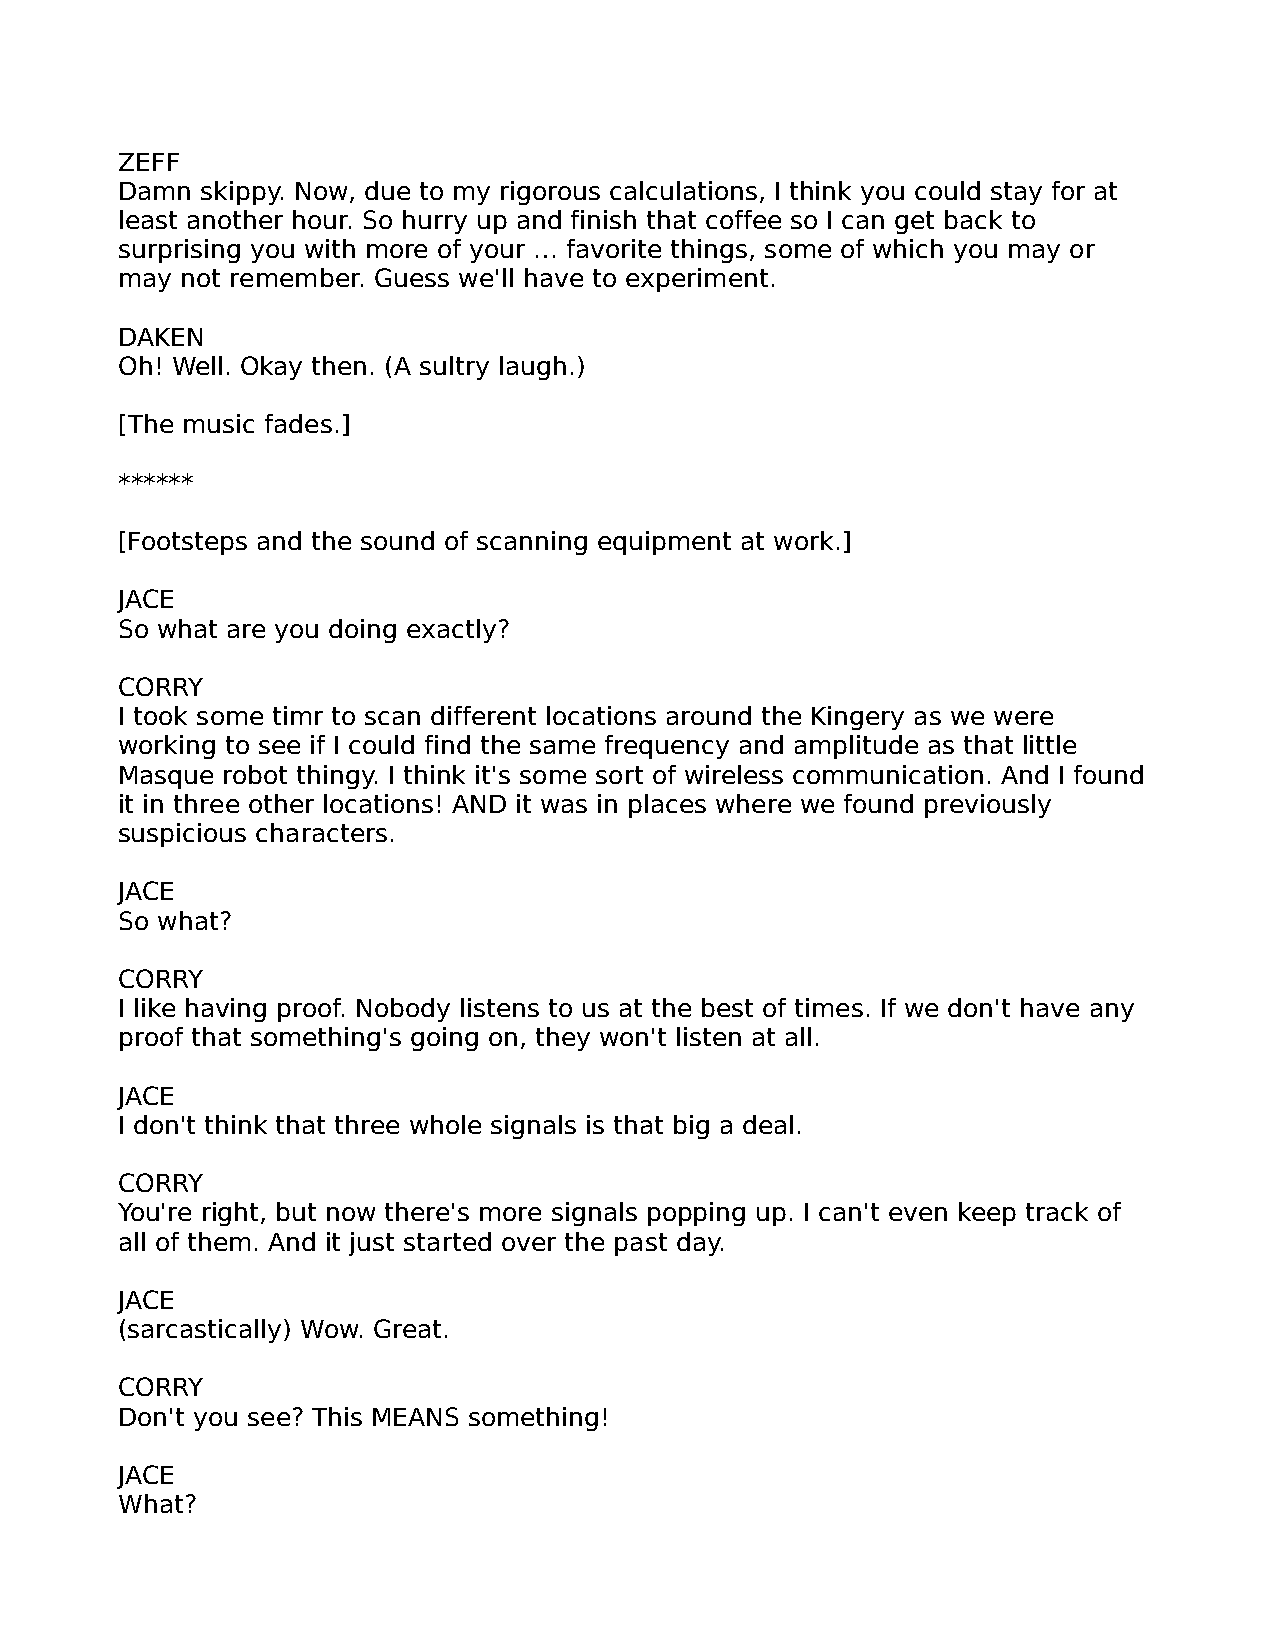
ZEFF
 Damn skippy. Now, due to my rigorous calculations, I think you could stay for at
 least another hour. So hurry up and finish that coffee so I can get back to
 surprising you with more of your … favorite things, some of which you may or
 may not remember. Guess we'll have to experiment.
 DAKEN
 Oh! Well. Okay then. (A sultry laugh.)
 [The music fades.]
 ******
 [Footsteps and the sound of scanning equipment at work.]
 JACE
 So what are you doing exactly?
 CORRY
 I took some timr to scan different locations around the Kingery as we were
 working to see if I could find the same frequency and amplitude as that little
 Masque robot thingy. I think it's some sort of wireless communication. And I found
 it in three other locations! AND it was in places where we found previously
 suspicious characters.
 JACE
 So what?
 CORRY
 I like having proof. Nobody listens to us at the best of times. If we don't have any
 proof that something's going on, they won't listen at all.
 JACE
 I don't think that three whole signals is that big a deal.
 CORRY
 You're right, but now there's more signals popping up. I can't even keep track of
 all of them. And it just started over the past day.
 JACE
 (sarcastically) Wow. Great.
 CORRY
 Don't you see? This MEANS something!
 JACE
 What?